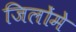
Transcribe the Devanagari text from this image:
जिलोंमे